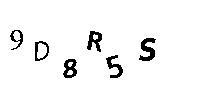
9D8R5S